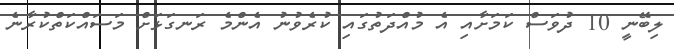
ލިބޭނީ 10 ދުވަސް ކަމަށާއި އެ މުއްދަތުގައި ކުރެވުނު އެންމެ ރަނގަޅަށް މަސައްކަތްކުރާނެ